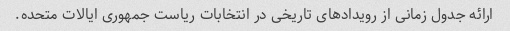
ارائه جدول زمانی از رویدادهای تاریخی در انتخابات ریاست جمهوری ایالات متحده.